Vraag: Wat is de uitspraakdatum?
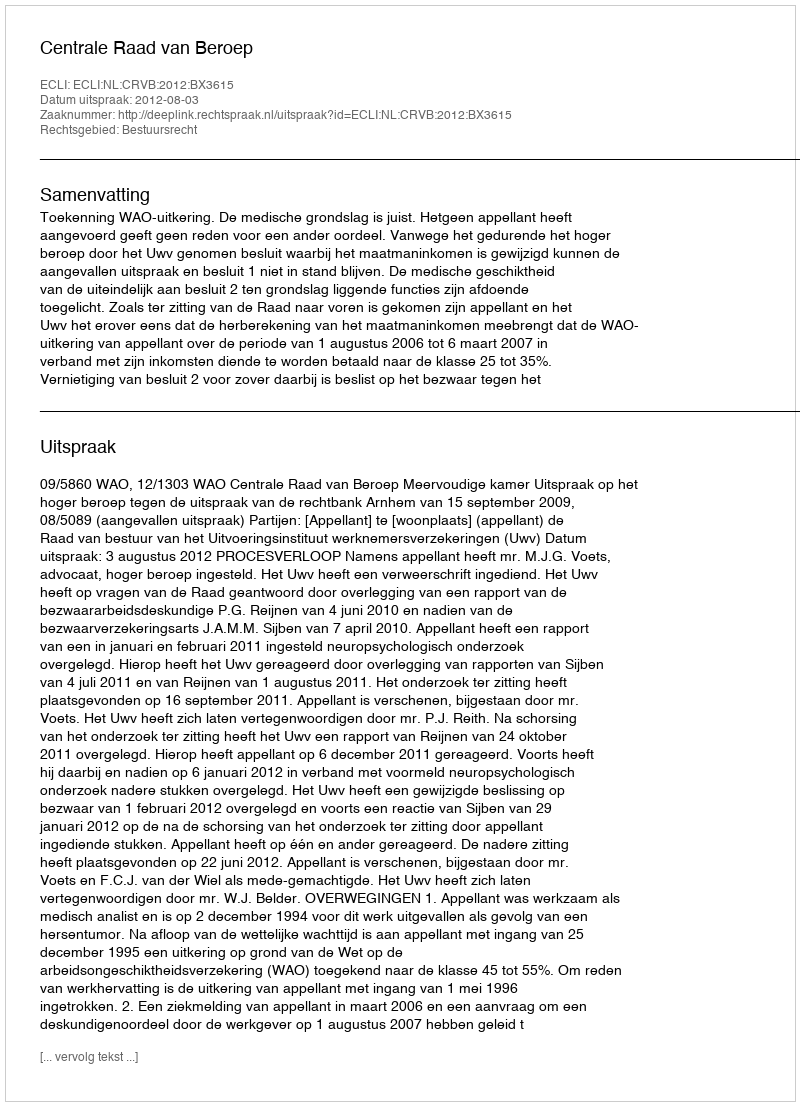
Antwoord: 2012-08-03